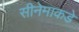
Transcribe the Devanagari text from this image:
सीनेमाकडे